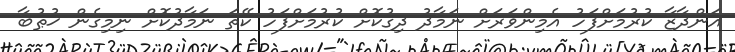
އަންދާޒާ ކުރުމަށްފަހު އެމިންވަރަށް ނަމާދު ދިގުކޮށް ކުރުމަށްފަހު ކޭތަ ނަމާދުކޮށް ނިމިގެން ޚުޠުބާ